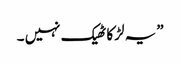
” یہ لڑکا ٹھیک نہیں ۔